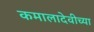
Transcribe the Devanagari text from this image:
कमालादेवीच्या